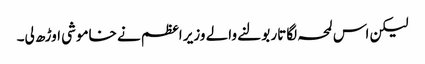
لیکن اس لمحہ لگاتار بولنے والے وزیر اعظم نے خاموشی اوڑھ لی۔